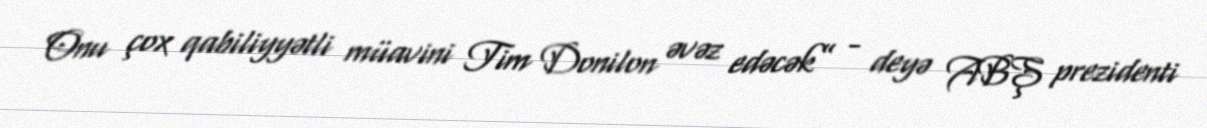
Onu çox qabiliyyətli müavini Tim Donilon əvəz edəcək” - deyə ABŞ prezidenti